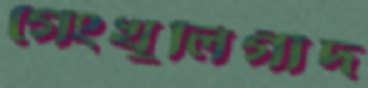
গেংখুলিগীদ